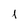
Character: I